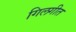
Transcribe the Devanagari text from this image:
गिलगीत